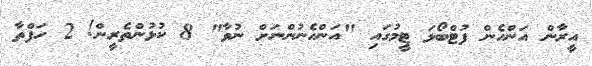
އީރާން އަންހެން ފުޓްބޯޅަ ޓީމުގައި "އަންހެނުންނަށް ނުވާ" 8 ކުޅުންތެރީން! 2 ހަފްތާ